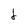
Character: f